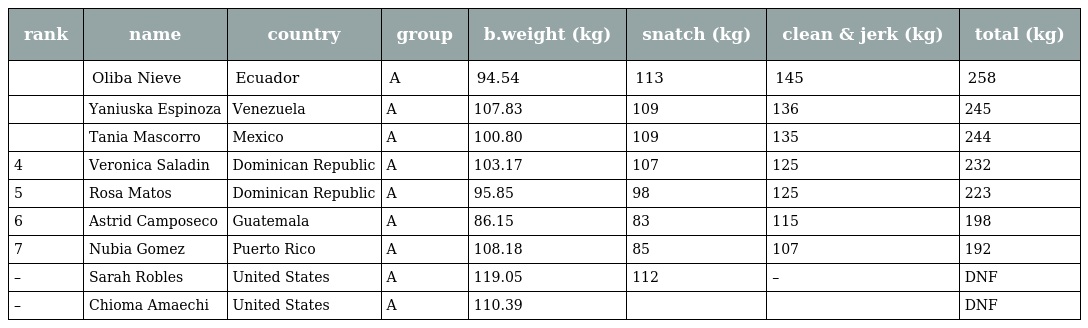
| rank | name | country | group | b.weight (kg) | snatch (kg) | clean & jerk (kg) | total (kg) |
 | --- | --- | --- | --- | --- | --- | --- | --- |
 |  | Oliba Nieve | Ecuador | A | 94.54 | 113 | 145 | 258 |
 |  | Yaniuska Espinoza | Venezuela | A | 107.83 | 109 | 136 | 245 |
 |  | Tania Mascorro | Mexico | A | 100.80 | 109 | 135 | 244 |
 | 4 | Veronica Saladin | Dominican Republic | A | 103.17 | 107 | 125 | 232 |
 | 5 | Rosa Matos | Dominican Republic | A | 95.85 | 98 | 125 | 223 |
 | 6 | Astrid Camposeco | Guatemala | A | 86.15 | 83 | 115 | 198 |
 | 7 | Nubia Gomez | Puerto Rico | A | 108.18 | 85 | 107 | 192 |
 | – | Sarah Robles | United States | A | 119.05 | 112 | – | DNF |
 | – | Chioma Amaechi | United States | A | 110.39 |  |  | DNF |